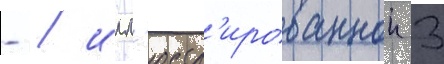
- / илл'юстр'ированнои 3